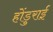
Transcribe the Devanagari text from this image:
होंडुराई